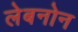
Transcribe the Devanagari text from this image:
लेबनोन